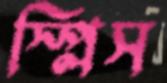
স্প্লিস